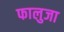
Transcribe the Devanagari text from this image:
फालुजा